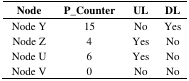
| Node | P_Counter | UL | DL |
 | --- | --- | --- | --- |
 | Node Y | 15 | No | Yes |
 | Node Z | 4 | Yes | No |
 | Node U | 6 | Yes | No |
 | Node V | 0 | No | No |